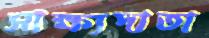
সাক্ষ্যদাতা